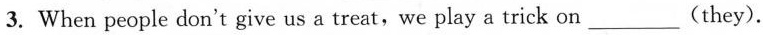
3. When people don't give us a treat,we play a trick on___(they).